Annual report on the working of the lock hospitals in the North-Western Provinces and Oudh
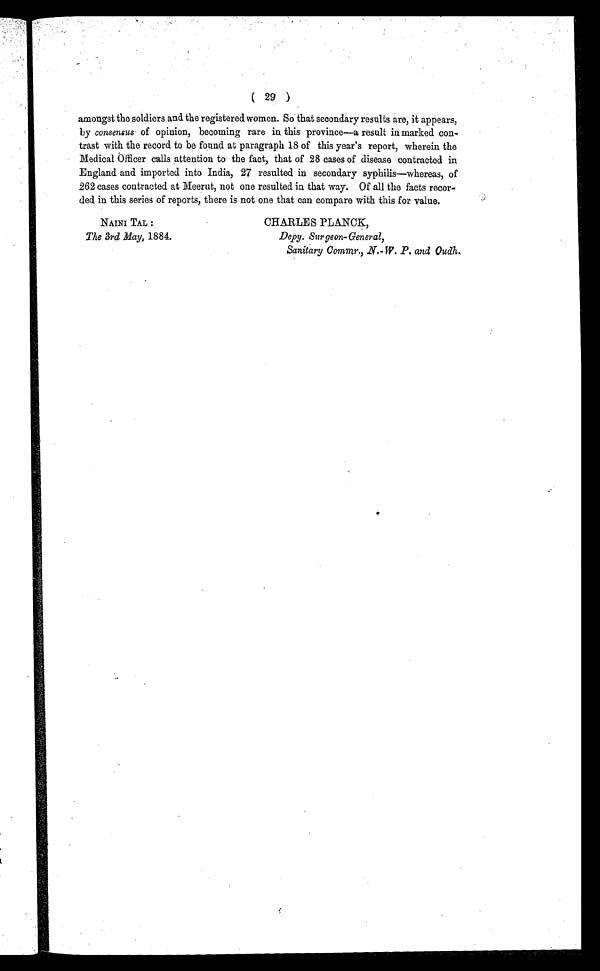
( 29 )
amongst the soldiers and the registered women. So that secondary results are, it appears,
by consensus of opinion, becoming rare in this province—a result in marked con-
trast with the record to be found at paragraph 18 of this year's report, wherein the
Medical Officer calls attention to the fact, that of 28 cases of disease contracted in
England and imported into India, 27 resulted in secondary syphilis—whereas, of
262 cases contracted at Meerut, not one resulted in that way. Of all the facts recor-
ded in this series of reports, there is not one that can compare with this for value.
NAINI TAL:
The 3rd May, 1884.
CHARLES PLANCK,
Depy. Surgeon-General,
Sanitary Commr., N. W. P. and Oudh.